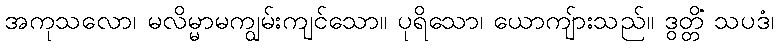
အကုသလော၊ မလိမ္မာမကျွမ်းကျင်သော။ ပုရိသော၊ ယောကျ်ားသည်။ ဒွတ္တိံ သပဒံ၊